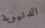
الدنيوية